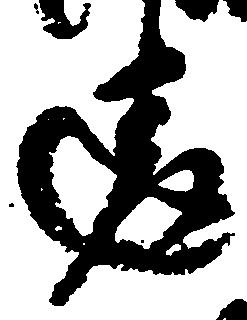
違